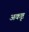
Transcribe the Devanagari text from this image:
अकृष्ट